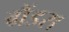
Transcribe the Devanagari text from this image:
ग्रैंडस